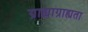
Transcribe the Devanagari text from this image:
ग्राह्याग्राह्यता